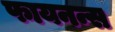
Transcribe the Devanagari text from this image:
फायनन्स